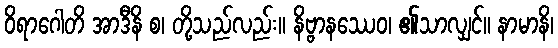
ဝိရာဂေါတိ အာဒီနိ စ၊ တို့သည်လည်း။ နိဗ္ဗာနဿေဝ၊ ၏သာလျှင်။ နာမာနိ၊